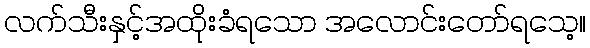
လက်သီးနှင့်အထိုးခံရသော အလောင်းတော်ရသေ့။